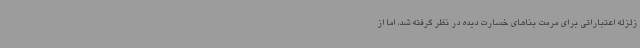
زلزله اعتباراتی برای مرمت بناهای خسارت دیده در نظر گرفته شد، اما از